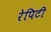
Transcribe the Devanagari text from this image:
रेपिटी